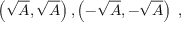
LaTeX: \left( { \sqrt { A } } , { \sqrt { A } } \right) , \left( - { \sqrt { A } } , - { \sqrt { A } } \right) \; ,